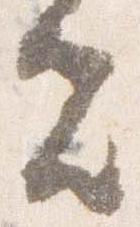
夫